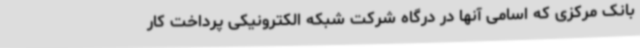
بانک مرکزی که اسامی آنها در درگاه شرکت شبکه الکترونیکی پرداخت کار